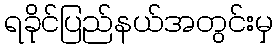
ရခိုင်ပြည်နယ်အတွင်းမှ